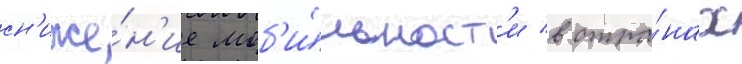
сн'иже́н'ие моб'и́льност'и в стра́нах